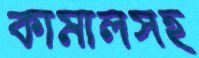
কামালসহ